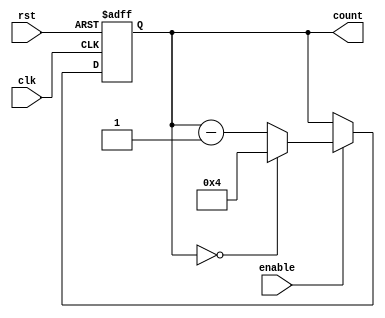
module Modulo_N_Down_Counter
(
    input wire clk,
    input wire rst,
    input wire enable,
    output reg [N-1:0] count
);

parameter N = 4; //change the value of N as required

always @(posedge clk or posedge rst)
begin
    if (rst)
        count <= N;
    else if (enable)
        count <= (count == 0) ? N : count - 1;
end

endmodule